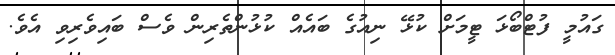
ގައުމީ ފުޓްބޯޅަ ޓީމަށް ކުޅޭ ނިއުގެ ބައެއް ކުޅުންތެރިން ވެސް ބައިވެރިވި އެވެ.